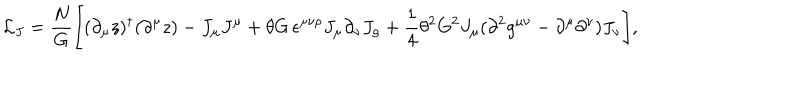
LaTeX: { \cal L } _ { J } = \frac { N } { G } \Biggl [ ( \partial _ { \mu } z ) ^ { \dagger } ( \partial ^ { \mu } z ) - J _ { \mu } J ^ { \mu } + \theta G \, \epsilon ^ { \mu \nu \rho } J _ { \mu } \partial _ { \nu } J _ { \rho } + \frac { 1 } { 4 } \theta ^ { 2 } G ^ { 2 } J _ { \mu } ( \partial ^ { 2 } g ^ { \mu \nu } - \partial ^ { \mu } \partial ^ { \nu } ) J _ { \nu } \Biggr ] ,